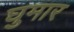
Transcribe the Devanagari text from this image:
घुमार